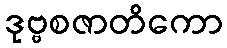
ဒုဗ္ဗစဇာတိကော